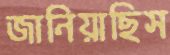
জানিয়াছিস